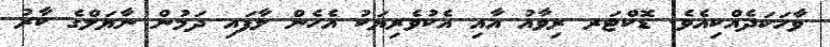
ވާހަކަދެއްކިއެވެ. ޑޮކްޓަރ ރިވާއު އާއި އެކުވެރިޔަކު އެހެން ލާފައި ދަމުން ނާޔަލްގެ ކާރު